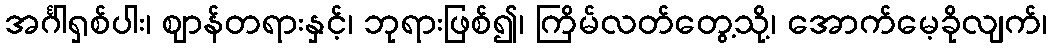
အင်္ဂါရှစ်ပါး၊ ဈာန်တရားနှင့်၊ ဘုရားဖြစ်၍၊ ကြိမ်လတ်တွေ့သို့၊ အောက်မေ့ခိုလျက်၊